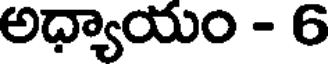
అధ్యాయం - 6